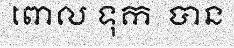
ពោល ទុក  បាន